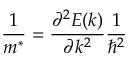
\frac { 1 } { m ^ { * } } = \frac { \partial ^ { 2 } E ( k ) } { \partial k ^ { 2 } } \frac { 1 } { \hbar ^ { 2 } }